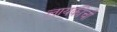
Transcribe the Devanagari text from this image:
लायकीची